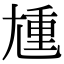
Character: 尰